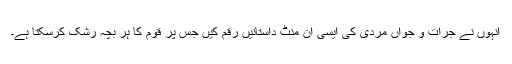
انہوں نے جرات و جواں مردی کی ایسی اَن منٹ داستانیں رقم کیں جس پر قوم کا ہر بچہ رشک کرسکتا ہے۔